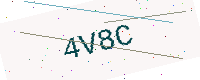
Text: 4V8C